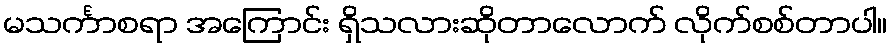
မသင်္ကာစရာ အကြောင်း ရှိသလားဆိုတာလောက် လိုက်စစ်တာပါ။